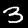
Digit: 3